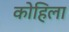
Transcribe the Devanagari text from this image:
कोहिला